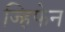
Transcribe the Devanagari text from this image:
ज्हिफेन